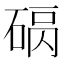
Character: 𥓠